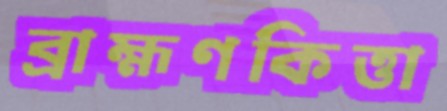
ব্রাহ্মণকিত্তা